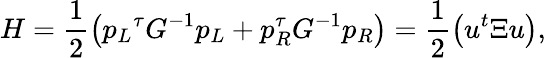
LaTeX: H=\frac{1}{2}\left({p_{L}}^{\tau}G^{-1}p_{L}+{p_{R}^{\tau}}G^{-1}p_{R}\right)=\frac{1}{2}\left(u^{t}\Xi u\right),